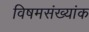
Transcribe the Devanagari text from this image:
विषमसंख्यांक